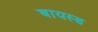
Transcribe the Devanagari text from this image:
बायस्ड